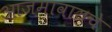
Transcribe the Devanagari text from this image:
आजमावायचे